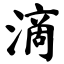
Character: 滴